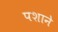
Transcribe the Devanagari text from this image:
पशाने